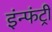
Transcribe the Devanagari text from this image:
इंन्फंट्री